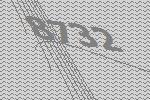
8732